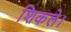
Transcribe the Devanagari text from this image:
शिकले।